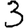
Digit: 3